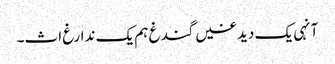
آنہی یک دیدغیں گندغ ہم یک ندارغ اث۔